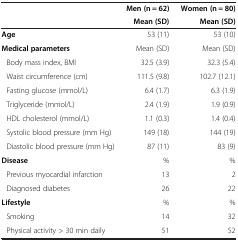
<table><thead><tr><td><b> </b></td><td><b>Men (n = 62)</b></td><td><b>Women (n = 80)</b></td></tr><tr><td><b> </b></td><td><b>Mean (SD)</b></td><td><b>Mean (SD)</b></td></tr></thead><tbody><tr><td><b>Age</b></td><td>53 (11)</td><td>53 (10)</td></tr><tr><td><b>Medical parameters</b></td><td>Mean (SD)</td><td>Mean (SD)</td></tr><tr><td>Body mass index, BMI</td><td>32.5 (3.9)</td><td>32.3 (5.4)</td></tr><tr><td>Waist circumference (cm)</td><td>111.5 (9.8)</td><td>102.7 (12.1)</td></tr><tr><td>Fasting glucose (mmol/L)</td><td>6.4 (1.7)</td><td>6.3 (1.9)</td></tr><tr><td>Triglyceride (mmol/L)</td><td>2.4 (1.9)</td><td>1.9 (0.9)</td></tr><tr><td>HDL cholesterol (mmol/L)</td><td>1.1 (0.3)</td><td>1.4 (0.4)</td></tr><tr><td>Systolic blood pressure (mm Hg)</td><td>149 (18)</td><td>144 (19)</td></tr><tr><td>Diastolic blood pressure (mm Hg)</td><td>87 (11)</td><td>83 (9)</td></tr><tr><td><b>Disease</b></td><td>%</td><td>%</td></tr><tr><td>Previous myocardial infarction</td><td>13</td><td>2</td></tr><tr><td>Diagnosed diabetes</td><td>26</td><td>22</td></tr><tr><td><b>Lifestyle</b></td><td>%</td><td>%</td></tr><tr><td>Smoking</td><td>14</td><td>32</td></tr><tr><td>Physical activity &gt; 30 min daily</td><td>51</td><td>52</td></tr></tbody></table>